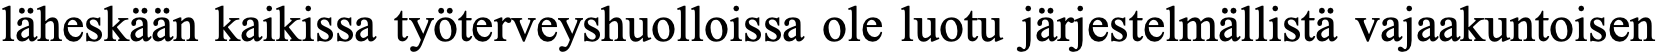
läheskään kaikissa työterveyshuolloissa ole luotu järjestelmällistä vajaakuntoisen